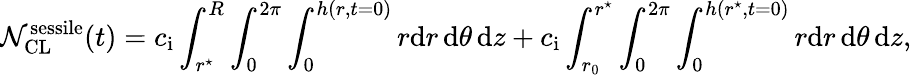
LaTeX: \mathcal{N}_{\mathrm{{CL}}}^{\mathrm{{sessile}}}(t)=c_{\mathrm{{i}}}\int_{r^{\star}}^{R}\int_{0}^{2\pi}\int_{0}^{h(r,t=0)}r\mathrm{{d}}r\, \mathrm{{d}}\theta\, \mathrm{{d}}z+c_{\mathrm{{i}}}\int_{r_{0}}^{r^{\star}}\int_{0}^{2\pi}\int_{0}^{h(r^{\star},t=0)}r\mathrm{{d}}r\, \mathrm{{d}}\theta\, \mathrm{{d}}z,